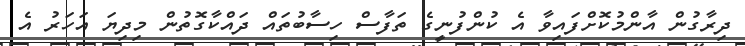
ދިރާގުން އާންމުކޮށްފައިވާ އެ ކުންފުނީގެ ތަފާސް ހިސާބުތައް ދައްކާގޮތުން މިދިޔަ އަހަރު އެ